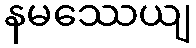
နမဿေယျ